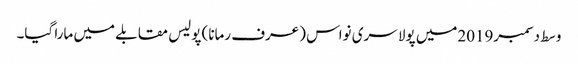
وسط دسمبر2019میں پولا سری نواس (عرف رمانا) پولیس مقابلے میں مارا گیا۔